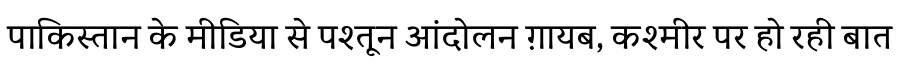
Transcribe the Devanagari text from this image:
पाकिस्तान के मीडिया से पश्तून आंदोलन ग़ायब, कश्मीर पर हो रही बात